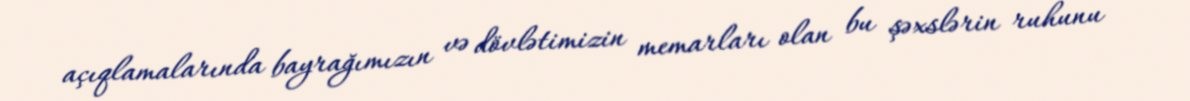
açıqlamalarında bayrağımızın və dövlətimizin memarları olan bu şəxslərin ruhunu